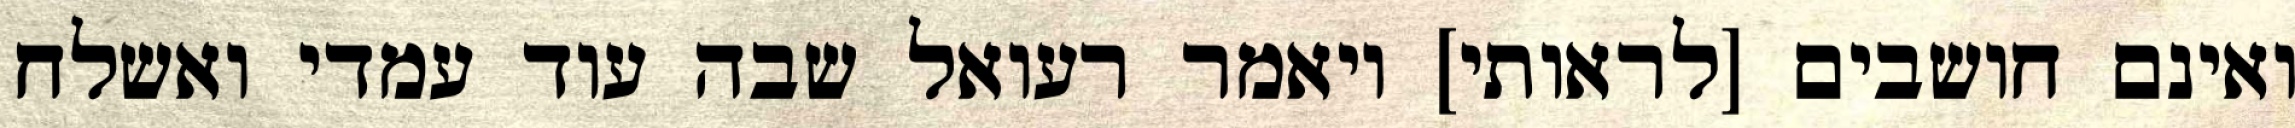
ואינם חושבים [לראותי] ויאמר רעואל שבה עוד עמדי ואשלח